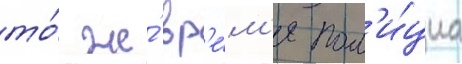
то́ же́ вр'е́м'я пол'и́циа